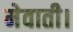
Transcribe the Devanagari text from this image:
मेवाती।